Civil Veterinary Department Bihar & Orissa reports 1922-29 - 1922-1929
Year: 1922
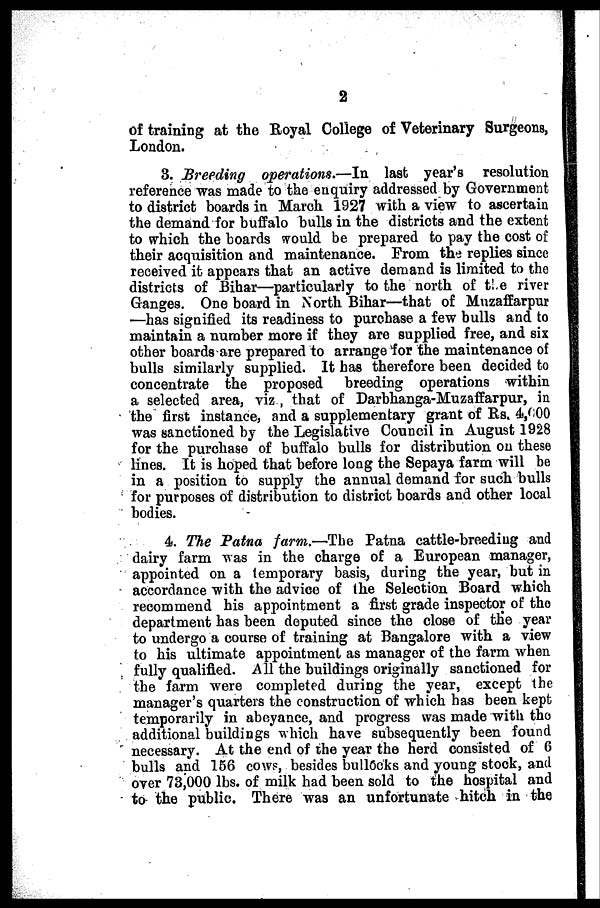
2
of training at the Royal College of Veterinary Surgeons,
London.
3. Breeding operations.—In last year's resolution
reference was made to the enquiry addressed by Government
to district boards in March 1927 with a view to ascertain
the demand for buffalo bulls in the districts and the extent
to which the boards would be prepared to pay the cost of
their acquisition and maintenance. From the replies since
received it appears that an active demand is limited to the
districts of Bihar—particularly to the north of the river
Ganges. One board in North Bihar—that of Muzaffarpur
—has signified its readiness to purchase a few bulls and to
maintain a number more if they are supplied free, and six
other boards are prepared to arrange for the maintenance of
bulls similarly supplied. It has therefore been decided to
concentrate the proposed breeding operations within
a selected area, viz , that of Darbhanga-Muzaffarpur, in
the first instance, and a supplementary grant of Rs. 4,600
was sanctioned by the Legislative Council in August 1928
for the purchase of buffalo bulls for distribution on these
lines. It is hoped that before long the Sepaya farm will be
in a position to supply the annual demand for such bulls
for purposes of distribution to district boards and other local
bodies.
4. The Patna farm.—The Patna cattle-breeding and
dairy farm was in the charge of a European manager,
appointed on a temporary basis, during the year, but in
accordance with the advice of the Selection Board which
recommend his appointment a first grade inspector of the
department has been deputed since the close of the year
to undergo a course of training at Bangalore with a view
to his ultimate appointment as manager of the farm when
fully qualified. All the buildings originally sanctioned for
the farm were completed during the year, except the
manager's quarters the construction of which has been kept
temporarily in abeyance, and progress was made with the
additional buildings which have subsequently been found
necessary. At the end of the year the herd consisted of 6
bulls and 156 cows, besides bullocks and young stock, and
over 73,000 lbs. of milk had been sold to the hospital and
to the public. There was an unfortunate hitch in the